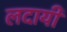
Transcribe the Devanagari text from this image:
लदायी